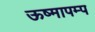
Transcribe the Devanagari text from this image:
ऊष्मापम्प